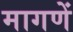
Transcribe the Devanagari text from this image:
मागणें